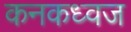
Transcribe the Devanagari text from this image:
कनकध्वज